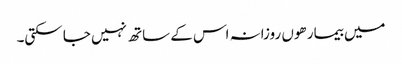
میں بیمار ھوں روزانہ اس کے ساتھ نہیں جا سکتی۔